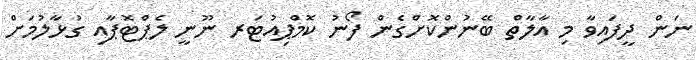
ނަން ދީފައިވާ މި އާލާތް ބޭނުންކޮށްގެން ފޯނު ކޮމްޕިއުޓަރ ނޫނީ ލެޕްޓޮޕާއި ގުޅާލުމަށް